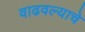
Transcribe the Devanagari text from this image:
वाढवल्याचे